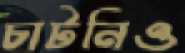
চাটনিও